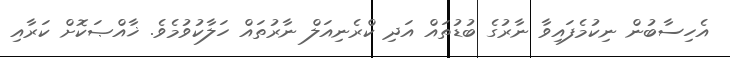
އެހިސާބުން ނިކުމެފައިވާ ނާރުގެ ބުޑުތައް އަދި ކްރެނިއަލް ނާރުތައް ހަލާކުވުމެވެ. ޚާއްޞަކޮށް ކަރާއި